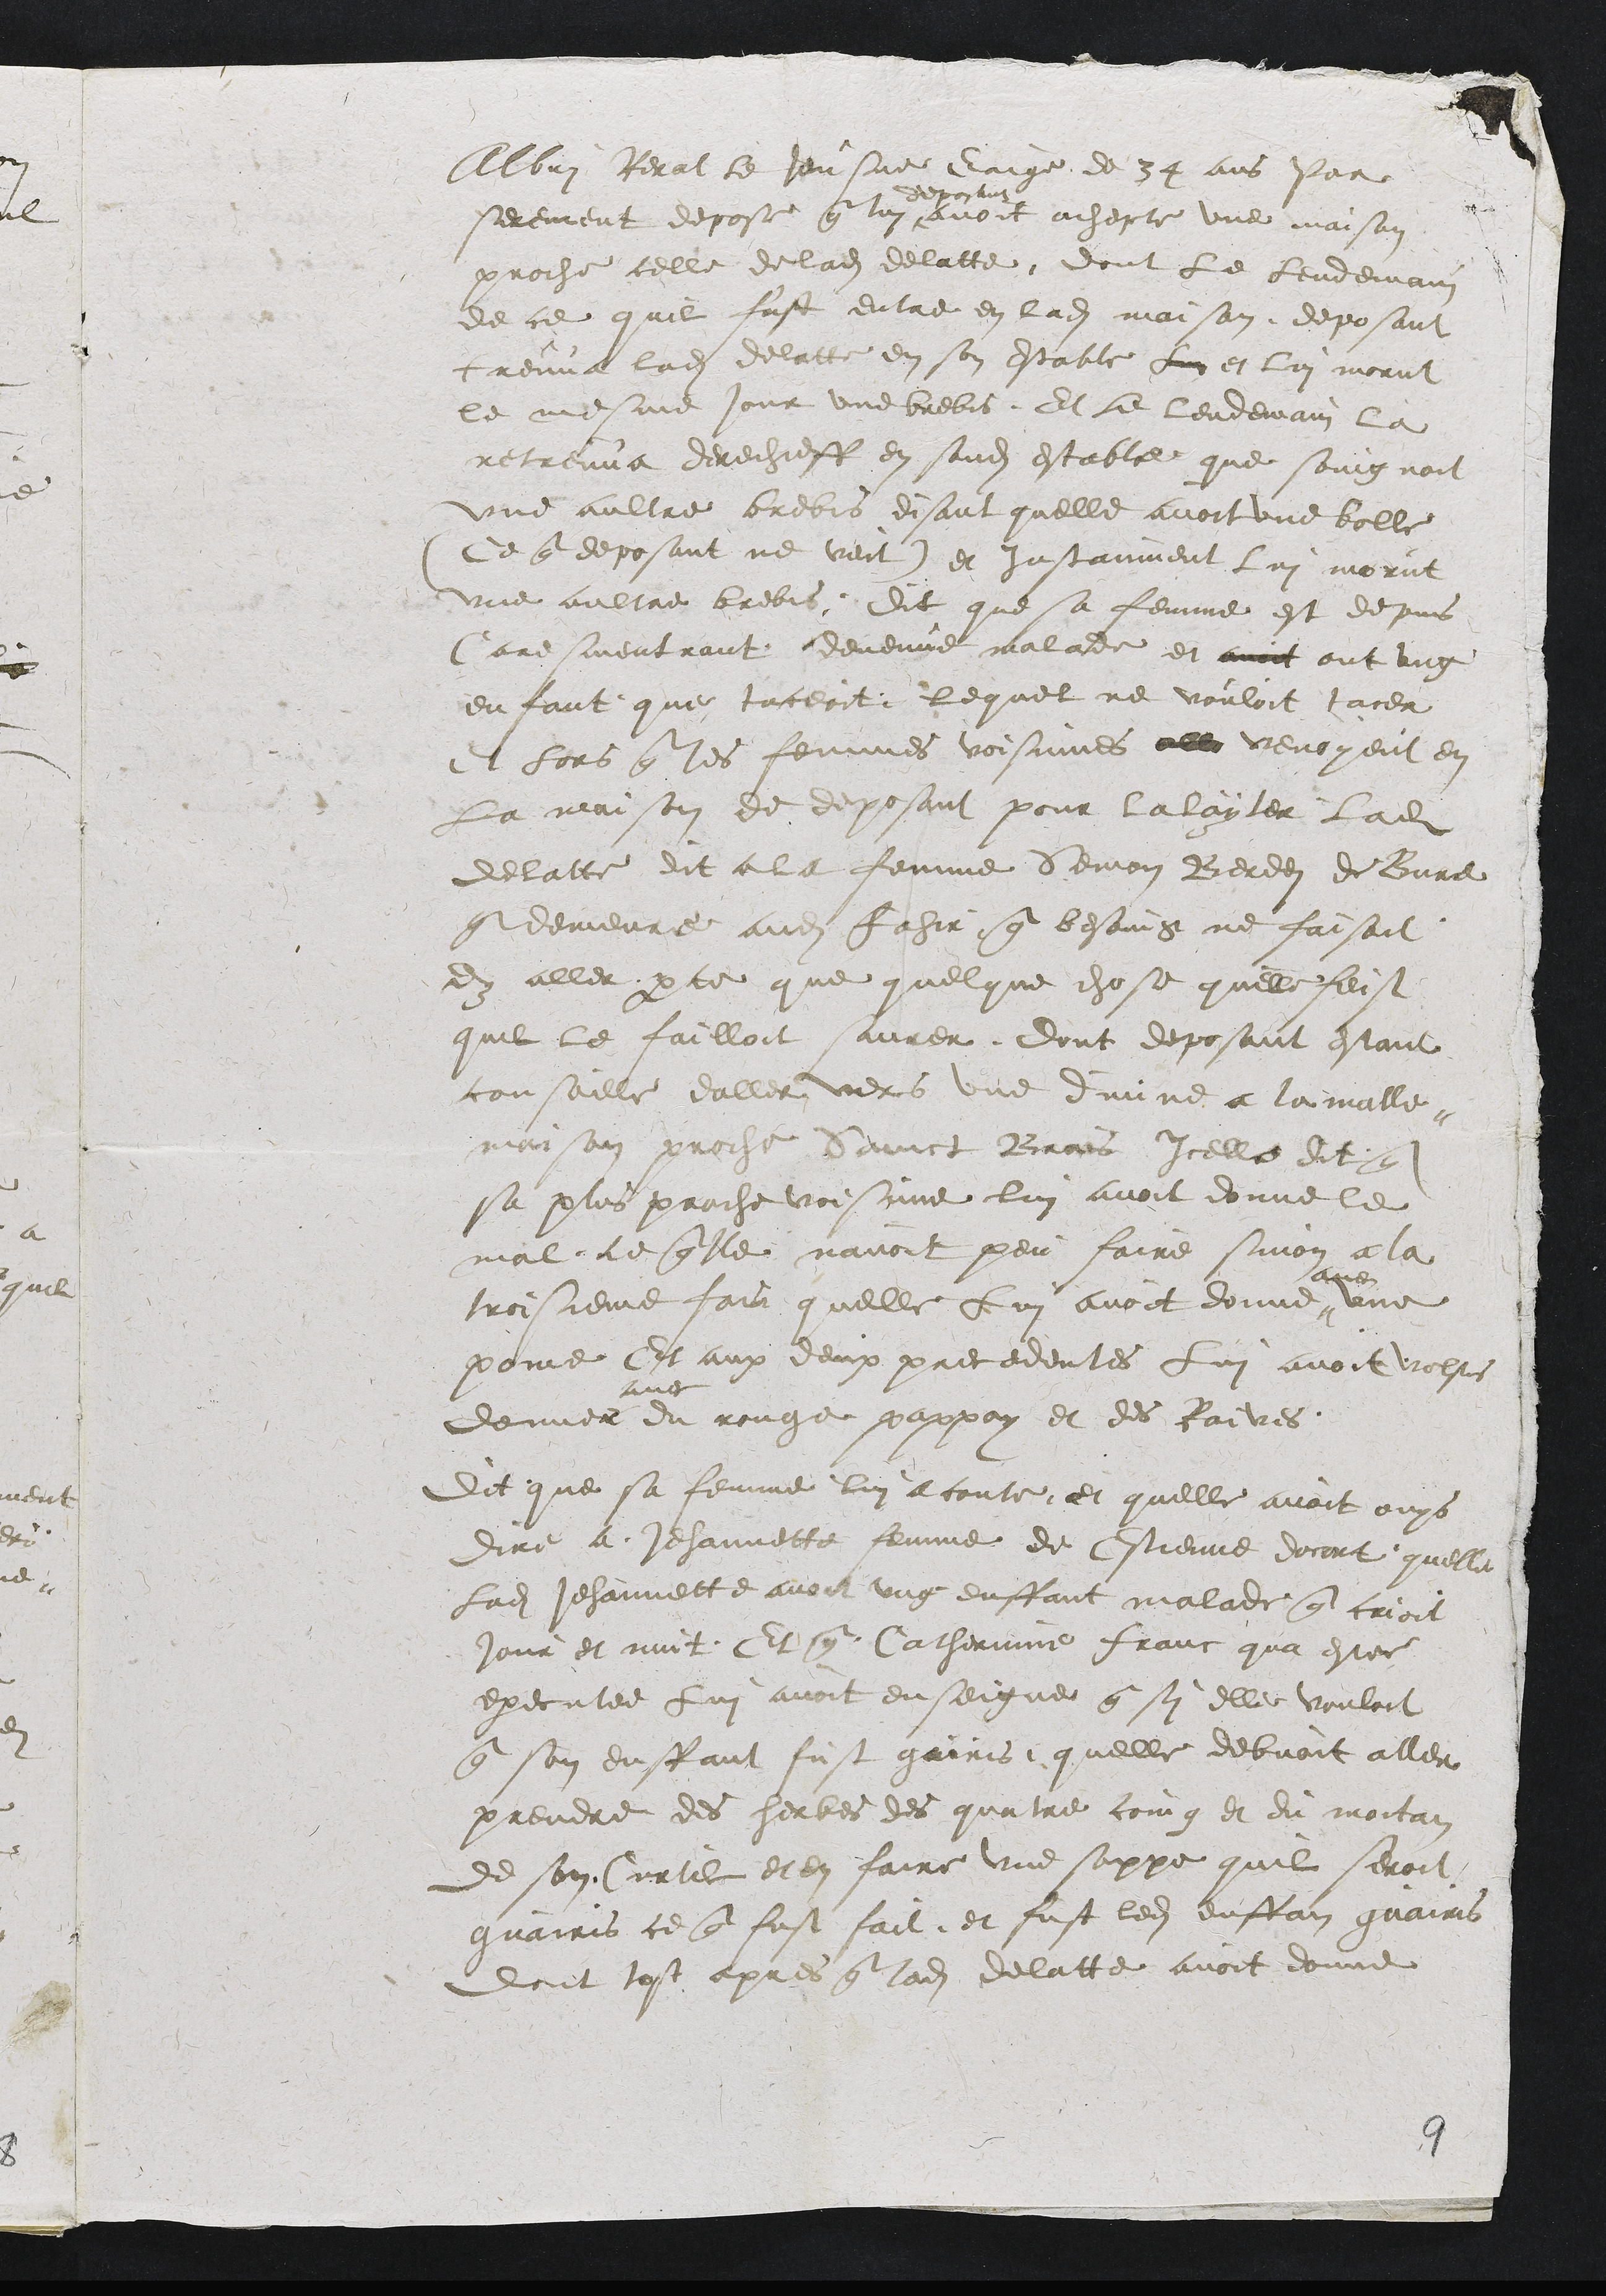
Albri Rerat le Jeusne Eaige de 34 ans Par
serement depose que lui
deposant
avoit achepte une maison
proche celle de ladite delatte dont le lendemain
de ce quil fust entre en ladite maison deposant
treuva ladite delatte en son estable Luy et lui morut
le mesme jour une brebis. Et le lendemain la
retreuva derechieff en sondit estable que soingnoit
une aultre brebis disant quelle avoit une bolle
Ce que deposant ne veit et Instanment lui morut
une aultre brebis Dit que sa femme est depuis
Caresmentrant devenue malade et avoit ont ung
enfant que taceoit lequel ne vouloit tacer
et lors que les femmes voisinnes all venoyent en
La maison de deposant pour la layter ladite
delatte dit a la femme Semon Berdei de Bure
Ademeure audit Fahir que besoing ne faisoit
dy aller parce que quelque chose quelle feist
quil le failloit saurer dont deposant estant
consaille daller vers une divne a la malle
maison proche Sainct Brais Icelle dit qe
sa plus proche voisinne lui avoit donne le
mal ce que lle navoit peu faire sinon a la
troisieme fais quelle Lui avoit donne
avec
une
pome Et aux deux precedentes Lui avoit volsr
demner
ung
du rouge pappay et des Raives
Dit que sa femme lui a conte et quelle avoit ouys
dire a Jehannette femme de Estienne docort quelle
ladite Jehannette avoit ung enffant malade que crioit
jour et nuit Et que Catherinne franc qua estee
executee Lui avoit enseigne que sy elle vouloit
que son enffant fust gairis quelle debvoit aller
prendre des herbes des quatre coing et du moitain
de son Curtil et en faire une soppe quil seroit
guairis ce que fust fait et fust ledit enffan guairis
dont tost apres que ladite delatte avoit donne